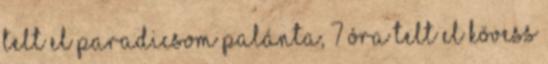
telt el Paradicsom palánta, 7 óra telt el Kövess